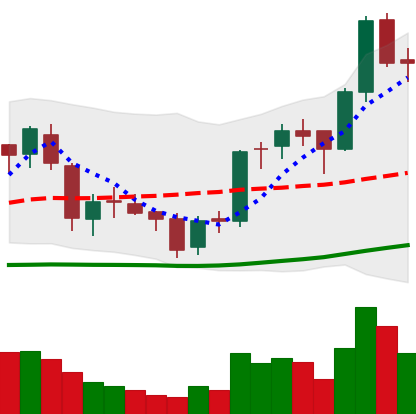
Ticker: BNB-USD
Chart end date: 2018-06-08
Forward return: -10.352%
Label: down_7plus